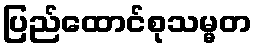
ပြည်ထောင်စုသမ္မတ